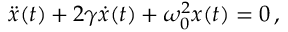
\ddot { x } ( t ) + 2 \gamma \dot { x } ( t ) + \omega _ { 0 } ^ { 2 } x ( t ) = 0 \, ,